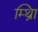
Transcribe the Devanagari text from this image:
म्थ्राि